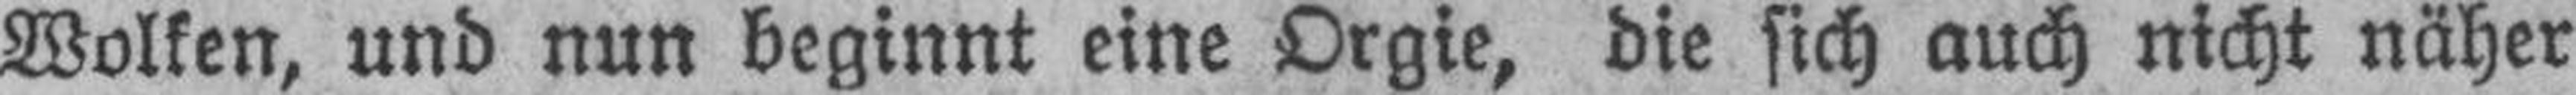
Wolken, und nun beginnt eine Orgie, die sich auch nicht näher